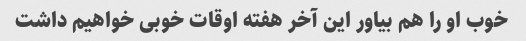
خوب او را هم بیاور این آخر هفته اوقات خوبی خواهیم داشت